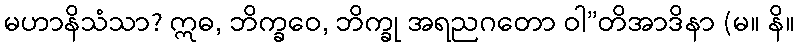
မဟာနိသံသာ? ဣဓ, ဘိက္ခဝေ, ဘိက္ခု အရညဂတော ဝါ”တိအာဒိနာ (မ။ နိ။